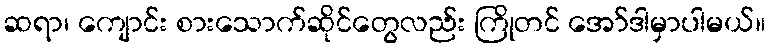
ဆရာ၊ ကျောင်း စားသောက်ဆိုင်တွေလည်း ကြိုတင် အော်ဒါမှာပါမယ်။